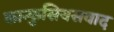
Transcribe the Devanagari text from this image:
कान्फुसियसवाद